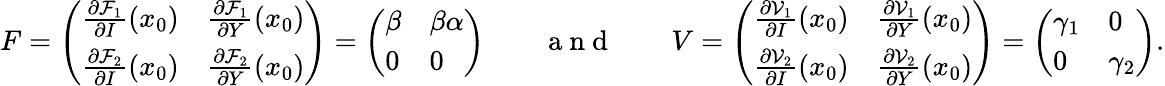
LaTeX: F=\left(\begin{array}{ll}{\frac{\partial\mathcal{F}_{1}}{\partial I}(x_{0})}&{\frac{\partial\mathcal{F}_{1}}{\partial Y}(x_{0})}\\ {\frac{\partial\mathcal{F}_{2}}{\partial I}(x_{0})}&{\frac{\partial\mathcal{F}_{2}}{\partial Y}(x_{0})}\end{array}\right)=\left(\begin{array}{ll}{\beta}&{\beta\alpha}\\ {0}&{0}\end{array}\right)\qquad\mathrm{~a~n~d~}\qquad V=\left(\begin{array}{ll}{\frac{\partial\mathcal{V}_{1}}{\partial I}(x_{0})}&{\frac{\partial\mathcal{V}_{1}}{\partial Y}(x_{0})}\\ {\frac{\partial\mathcal{V}_{2}}{\partial I}(x_{0})}&{\frac{\partial\mathcal{V}_{2}}{\partial Y}(x_{0})}\end{array}\right)=\left(\begin{array}{ll}{\gamma_{1}}&{0}\\ {0}&{\gamma_{2}}\end{array}\right).